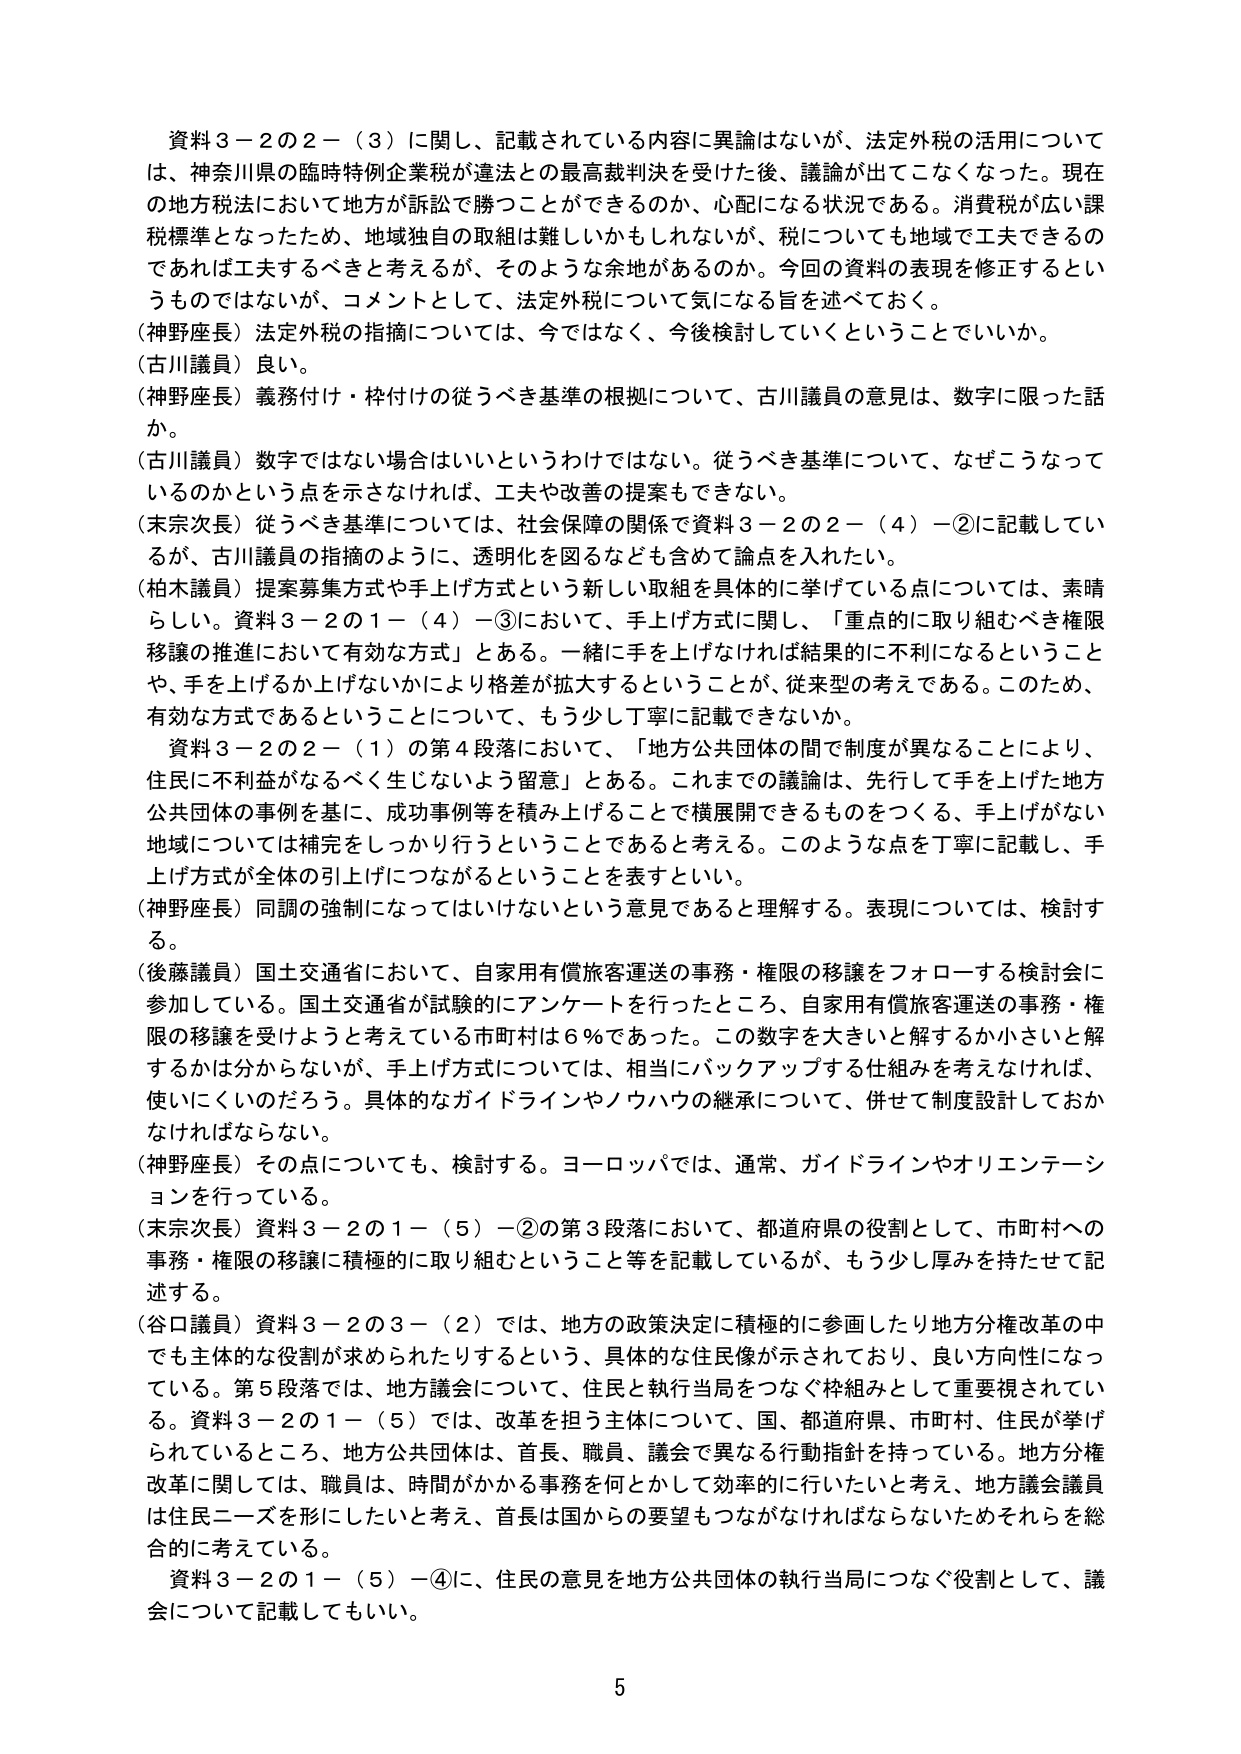
資料３－２の２－（３）に関し、記載されている内容に異論はないが、法定外税の活用については、神奈川県の臨時特例企業税が違法との最高裁判決を受けた後、議論が出てこなくなった。現在の地方税法において地方が訴訟で勝つことができるのか、心配になる状況である。消費税が広い課税標準となったため、地域独自の取組は難しいかもしれないが、税についても地域で工夫できるのであれば工夫するべきと考えるが、そのような余地があるのか。今回の資料の表現を修正するというものではないが、コメントとして、法定外税について気になる旨を述べておく。

（神野座長）法定外税の指摘については、今ではなく、今後検討していくということでいか。

（古川議員）良い。

（神野座長）義務付け・枠付けの従うべき基準の根拠について、古川議員の意見は、数字に限った話か。

（古川議員）数字ではない場合はいいというわけではない。従うべき基準について、なぜこうなっているのかという点を示さなければ、工夫や改善の提案もできない。

（末宗次長）従うべき基準については、社会保障の関係で資料３－２の２－（４）－②に記載しているが、古川議員の指摘のように、透明化を図るなども含めて論点を入れたい。

（柏木議員）提案募集方式や手上げ方式という新しい取組を具体的に挙げている点については、素晴らしい。資料３－２の１－（４）－③において、手上げ方式に関し、「重点的に取り組むべき権限移譲の推進において有効な方式」とある。一緒に手を上げなければ結果的に不利になるということや、手を上げるか上げないかにより格差が拡大するということが、従来型の考えである。このため、有効な方式であるということについて、もう少し丁寧に記載できないか。

資料３－２の２－（１）の第４段落において、「地方公共団体の間で制度が異なることにより、住民に不利益がなるべく生じないよう留意」とある。これまでの議論は、先行して手を上げた地方公共団体の事例を基に、成功事例等を積み上げることで横展開できるものを作り、手上げがない地域については補完をしっかり行うということであると考える。このような点を丁寧に記載し、手上げ方式が全体の引上げにつながることを表すといい。

（神野座長）同調の強制になってはいけないという意見であると理解する。表現については、検討する。

（後藤議員）国土交通省において、自家用有償旅客運送の事務・権限の移譲をフォローする検討会に参加している。国土交通省が試験的にアンケートを行ったところ、自家用有償旅客運送の事務・権限の移譲を受けようと考えている市町村は６％であった。この数字を大きくと解するか小さいと解するかは分からないが、手上げ方式については、相当にバックアップする仕組みを考えなければ、使いにくいのだろう。具体的なガイドラインやノウハウの継承について、併せて制度設計しておかなければならない。

（神野座長）その点についても、検討する。ヨーロッパでは、通常、ガイドラインやオリエンテーションを行っている。

（末宗次長）資料３－２の１－（５）－②の第３段落において、都道府県の役割として、市町村への事務・権限の移譲に積極的に取り組むということ等を記載しているが、もう少し厚みを持たせて記述する。

（谷口議員）資料３－２の３－（２）では、地方の政策決定に積極的に参画したり地方分権改革の中でも主体的な役割が求められたりするという、具体的な住民像が示されており、良い方向性になっている。第５段落では、地方議会について、住民と執行当局をつなぐ枠組みとして重要視されている。資料３－２の１－（５）では、改革を担う主体について、国、都道府県、市町村、住民が挙げられているところ、地方公共団体は、首長、職員、議会で異なる行動指針を持っている。地方分権改革に関しては、職員は、時間がかかる事務を何とかして効率的に行いたいと考え、地方議会議員は住民ニーズを形にしたいと考え、首長は国からの要望もつながなければならないためそれらを総合的に考えている。

資料３－２の１－（５）－④に、住民の意見を地方公共団体の執行当局につなぐ役割として、議会について記載してもいい。

5